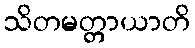
သိတမတ္တာယာတိ